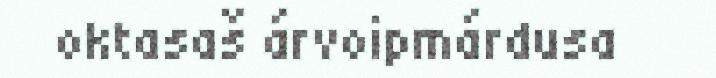
oktasaš árvoipmárdusa